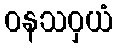
ဝနသဝှယံ